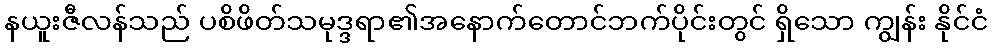
နယူးဇီလန်သည် ပစိဖိတ်သမုဒ္ဒရာ၏အနောက်တောင်ဘက်ပိုင်းတွင် ရှိသော ကျွန်း နိုင်ငံ